Scientific memoirs by medical officers of the Army of India - Part V,
Year: 1890
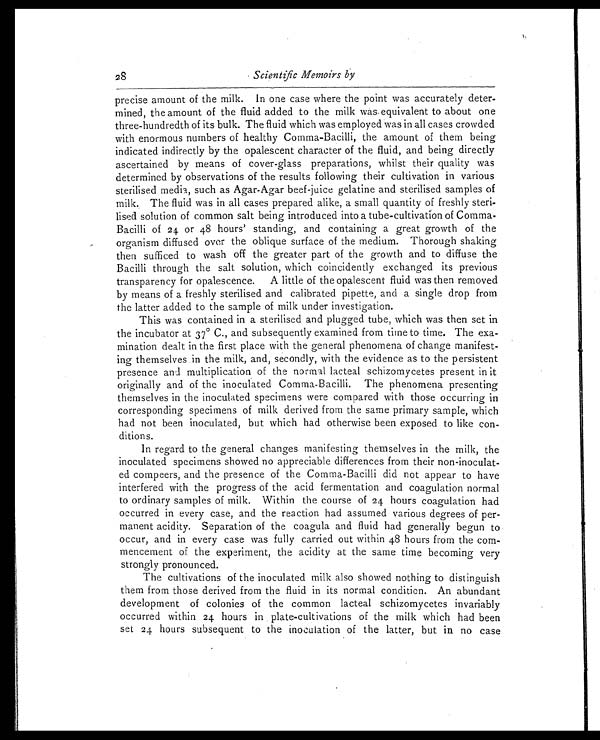
Scientific Memoirs by
precise amount of the milk. In one case where the point was accurately deter
- m i n e d , t h e a m o u n t o f t h e f l u i d a d d e d t o t h e m i l k w a s e q u i v a l e n t t o a b o u t o n e
three-hundredth of its bulk. The fluid which was employed was in all cases crowded
with enormous numbers of healthy Comma-Bacilli, the amount of them being
indicated indirectly by the opalescent character of the fluid, and being directly
ascertained by means of cover-glass preparations, whilst their quality was
determined by observations of the results following their cultivation in various
sterilised media, such as Agar-Agar beef-juice gelatine and sterilised samples of
milk. The fluid was in all cases prepared alike, a small quantity of freshly steri
-lised solution of common salt being introduced into a tube-cultivation of Comma-
Bacilli of 24 or 48 hours' standing, and containing a great growth of the
organism diffused over the oblique surface of the medium. Thorough shaking
then sufficed to wash off the greater part of the growth and to diffuse the
Bacilli through the salt solution, which coincidently exchanged its previous
transparency for opalescence. A little of the opalescent fluid was then removed
by means of a freshly sterilised and calibrated pipette, and a single drop from
the latter added to the sample of milk under investigation.
This was contained in a sterilised and plugged tube, which was then set in
the incubator at 37° C., and subsequently examined from time to time. The exa
-mination dealt in the first place with the general phenomena of change manifest
- i n g t h e m s e l v e s i n t h e m i l k , a n d , s e c o n d l y , w i t h t h e e v i d e n c e a s t o t h e p e r s i s t e n t
presence and multiplication of the normal lacteal schizomycetes present in it
originally and of the inoculated Comma-Bacilli. The phenomena presenting
themselves in the inoculated specimens were compared with those occurring in
corresponding specimens of milk derived from the same primary sample, which
had not been inoculated, but which had otherwise been exposed to like con
-ditions.
In regard to the general changes manifesting themselves in the milk, the
inoculated specimens showed no appreciable differences from their non-inoculat
- e d c o m p e e r s , a n d t h e p r e s e n c e o f t h e C o m m a - B a c i l l i d i d n o t a p p e a r t o h a v e
interfered with the progress of the acid fermentation and coagulation normal
to ordinary samples of milk. Within the course of 24 hours coagulation had
occurred in every case, and the reaction had assumed various degrees of per
- m a n e n t a c i d i t y . S e p a r a t i o n o f t h e c o a g u l a a n d f l u i d h a d g e n e r a l l y b e g u n t o
occur, and in every case was fully carried out within 48 hours from the com
- m e n c e m e n t o f t h e e x p e r i m e n t , t h e a c i d i t y a t t h e s a m e t i m e b e c o m i n g v e r y
strongly pronounced.
The cultivations of the inoculated milk also showed nothing to distinguish
them from those derived from the fluid in its normal condition. An abundant
development of colonies of the common lacteal schizomycetes invariably
occurred within 24 hours in plate-cultivations of the milk which had been
set 24 hours subsequent to the inoculation of the latter, but in no case
28